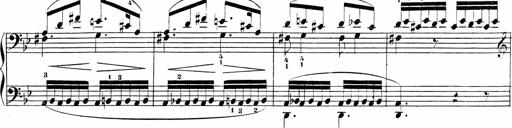
Title: Sonatinen Op.47, 98 und 136, nebst 6 Liedersonatinen
Composer: Carl Reinecke